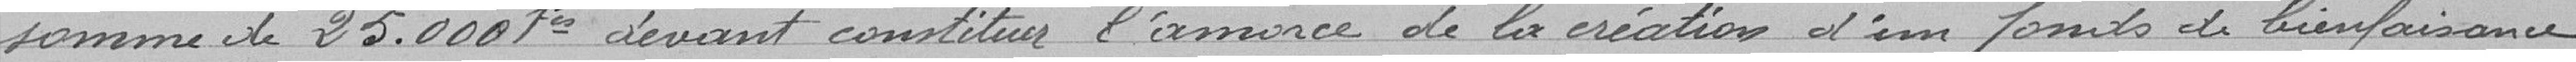
somme de 25.000 Francs devant constituer l'amorce de la création d'un fonds de bienfaisance